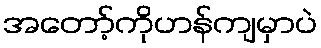
အတော့်ကိုဟန်ကျမှာပဲ